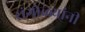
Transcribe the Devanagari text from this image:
रांगोळ्यांनी